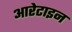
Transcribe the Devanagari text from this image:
आरेटाइन